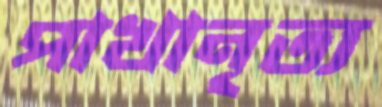
পাখানৃত্য